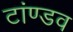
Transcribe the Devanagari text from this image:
टांण्डव